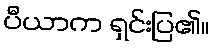
ပီယာက ရှင်းပြ၏။